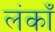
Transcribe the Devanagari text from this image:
लंकाँ